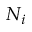
N _ { i }